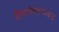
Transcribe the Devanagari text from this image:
शैवपंचायतन